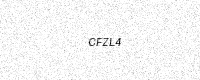
Text: CFZL4